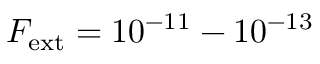
F _ { \mathrm { e x t } } = 1 0 ^ { - 1 1 } - 1 0 ^ { - 1 3 }